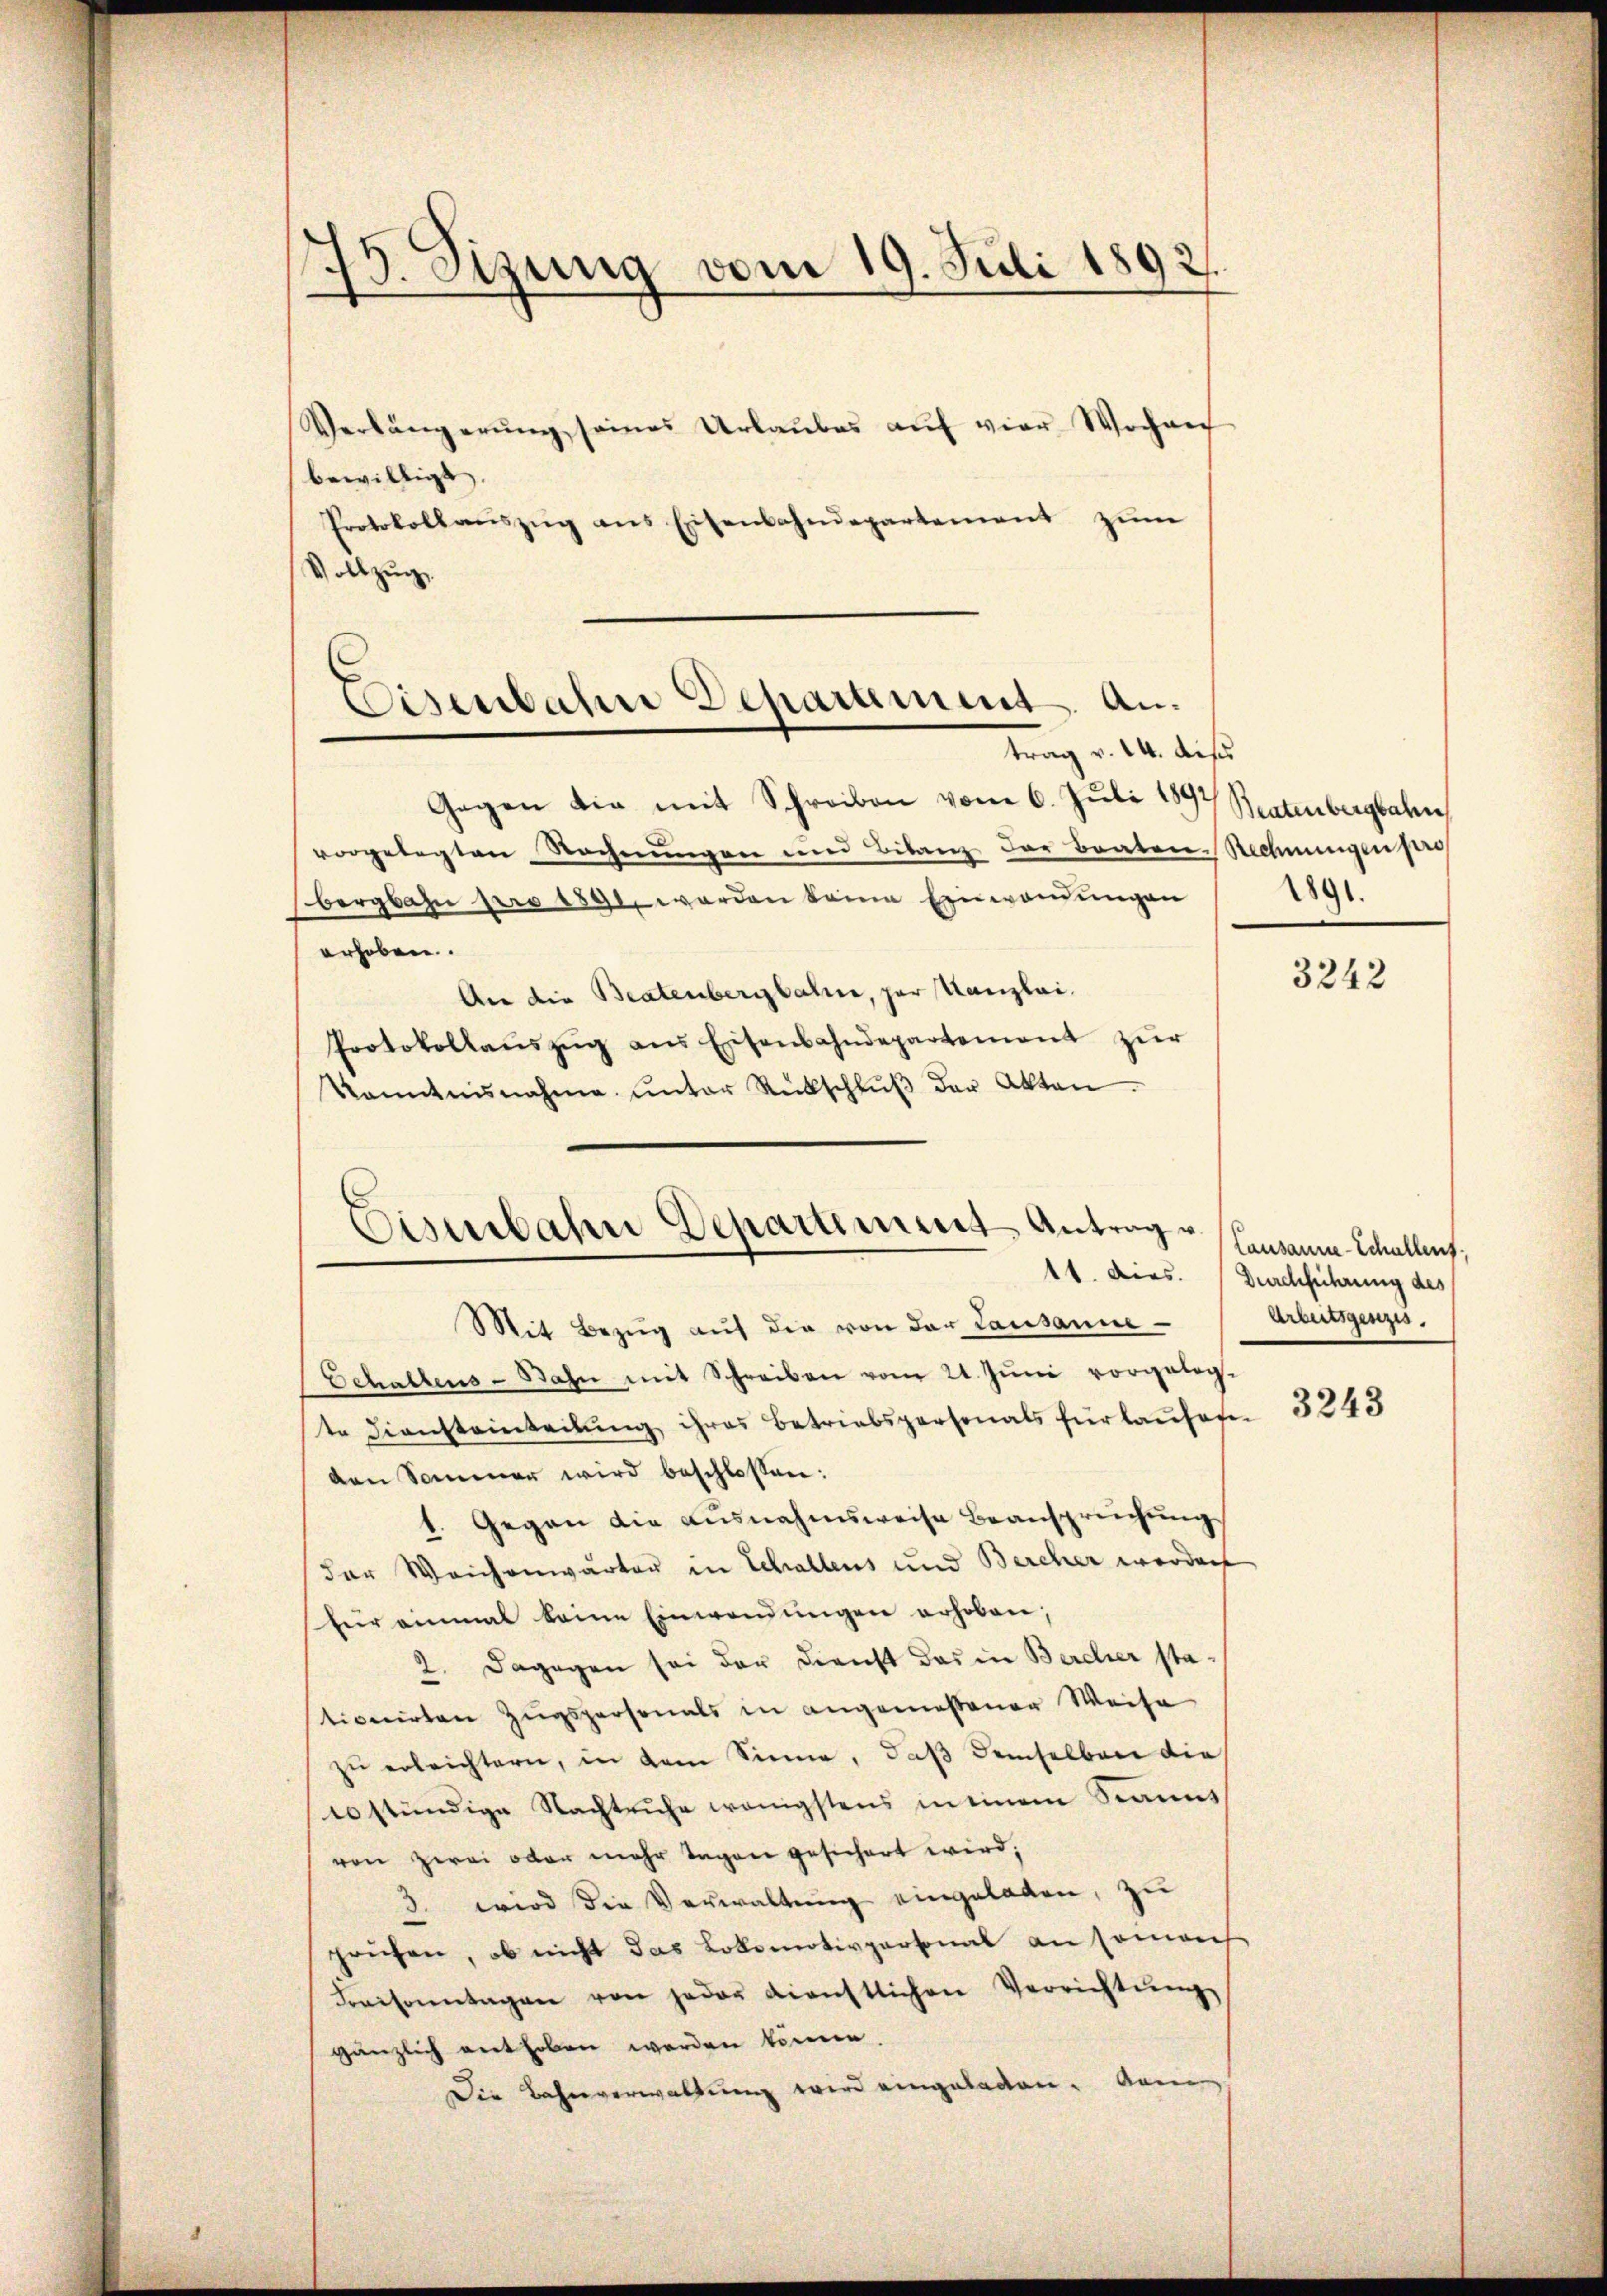
75. Sizung vom 19. Juli 1892.

Verlängerŭng seines Urlaŭbes aŭf vier Wochen
bewilligt.
Protokollaŭszŭg ans Eisenbahndepartement zum
Vollzug.

Eisenbahne Departement an.
trag v. 14. dies

Gegen die mit Schreiben vom 6. Juli 1892 Bratenbergbahn
vorgelegten Rechnungen und Bilanz der Braten Rechnungen sei
bergbahn pro 1891, worden keine Einwendungen
erhoben.
An die Bratenbergbahn, par Kanzlei
Protokollaŭszŭg aŭs Eisenbahndepartement zŭr
Kanntnisnahme ŭnter Rückschlŭβ der Akten.

Mit Bezŭg aŭf die von der Lausanne
Schallens-Bahn mit Schreiben vom 21. Jŭni vorgeleg-
te Diensteinteilŭng ihres Betriebspersonals für laŭfofen
den Sommer wird beschlossen:
1. Gegen die ausnahmsweise Beanspruchung
der Weichenwärter in Schallens und Berecher werden
für einmal keine Einwendŭngen erhoben,
2. Dagegen sei der Dienst das in Bercher stationirten Zugspersonals in angemessener Weise
zŭ erleichtern, in dem Sinne, daβ demselben die
10stündige Nachtruhe wenigstens in einem Spanns
von zwei oder mehr Tagen gesichert wird;
wird die Verwaltung eingeladen, zu
3
priefen, ob nicht das Lokomotivpersonal an someh
Kraisonntagen von jeder dienstlichen Verrichtŭng
gänzlich enthoben werden könne.
Die Bahnverwaltung wird eingeladen. Ane

Ceserbahn Departement Antrag u.

1891.

3242

Lausanne-Schullens,
11. dies. Durchführung des
Arburgenzis

3243